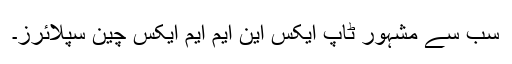
سب سے مشہور ٹاپ ایکس این ایم ایم ایکس چین سپلائرز۔